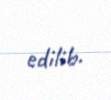
edilib.